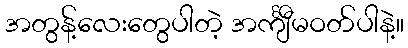
အတွန့်လေးတွေပါတဲ့ အင်္ကျီမဝတ်ပါနဲ့။